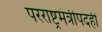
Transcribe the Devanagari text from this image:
परराष्ट्रमंत्रीपदही